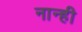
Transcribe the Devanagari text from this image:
नान्ही